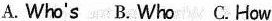
A. Who's B. Who C. How